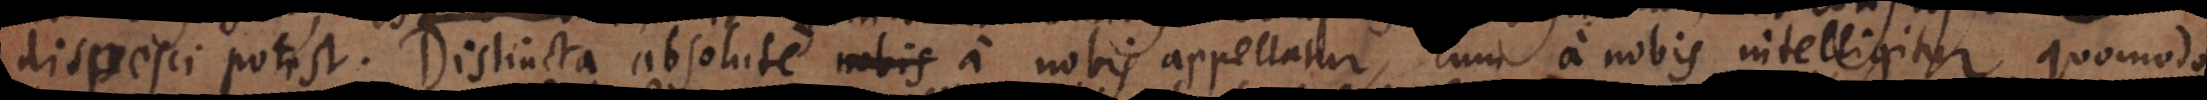
dispesci potest. Distincta absolute a nobis appellatur, cum a nobis intelligitur quomodo